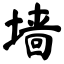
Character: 墙